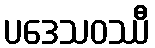
ပဒေသဝဿီ